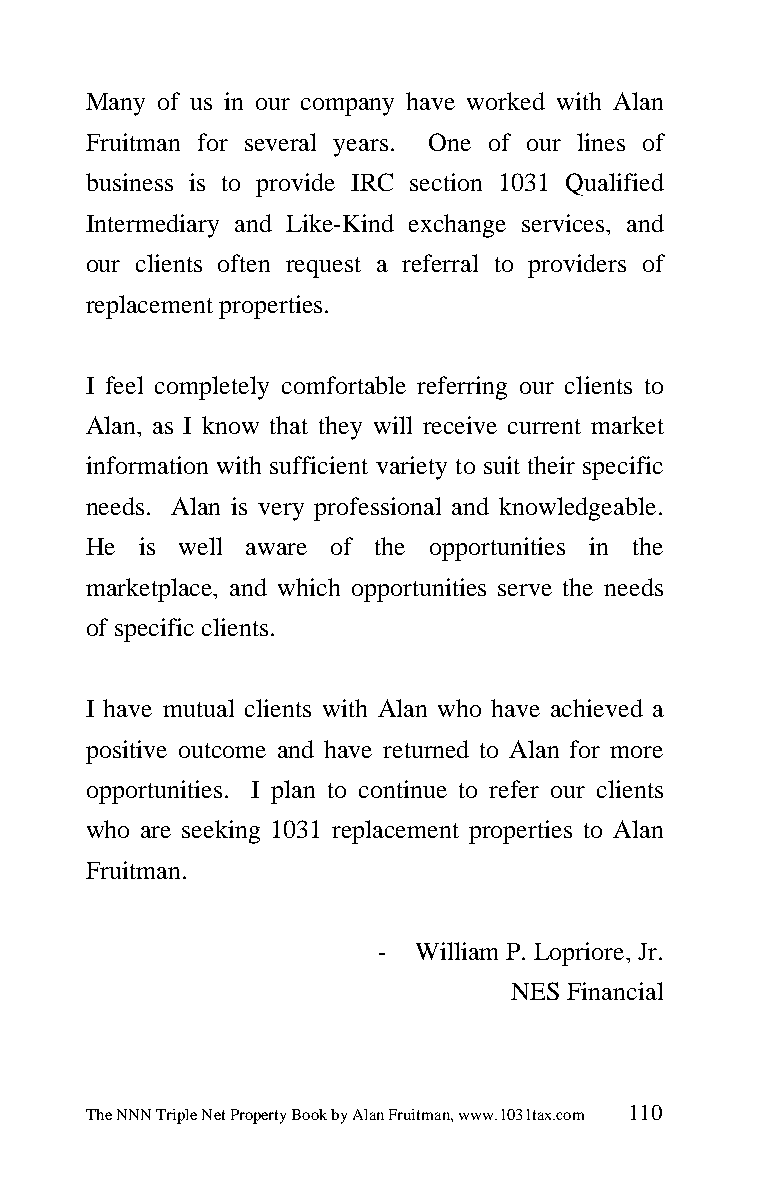
Many of us in our company have worked with Alan
 Fruitman for several years. One of our lines of
 business is to provide IRC section 1031 Qualified
 Intermediary and Like-Kind exchange services, and
 our clients often request a referral to providers of
 replacement properties.
 I feel completely comfortable referring our clients to
 Alan, as I know that they will receive current market
 information with sufficient variety to suit their specific
 needs. Alan is very professional and knowledgeable.
 He  is well aware of the opportunities in the
 marketplace, and which opportunities serve the needs
 of specific clients.
 I have mutual clients with Alan who have achieved a
 positive outcome and have returned to Alan for more
 opportunities. I plan to continue to refer our clients
 who are seeking 1031 replacement properties to Alan
 Fruitman.
 -  William P. Lopriore, Jr.
 NES Financial
 The NNN Triple Net Property Book by Alan Fruitman, www.1031tax.com 110